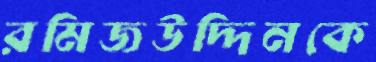
রমিজউদ্দিনকে